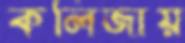
কলিজায়